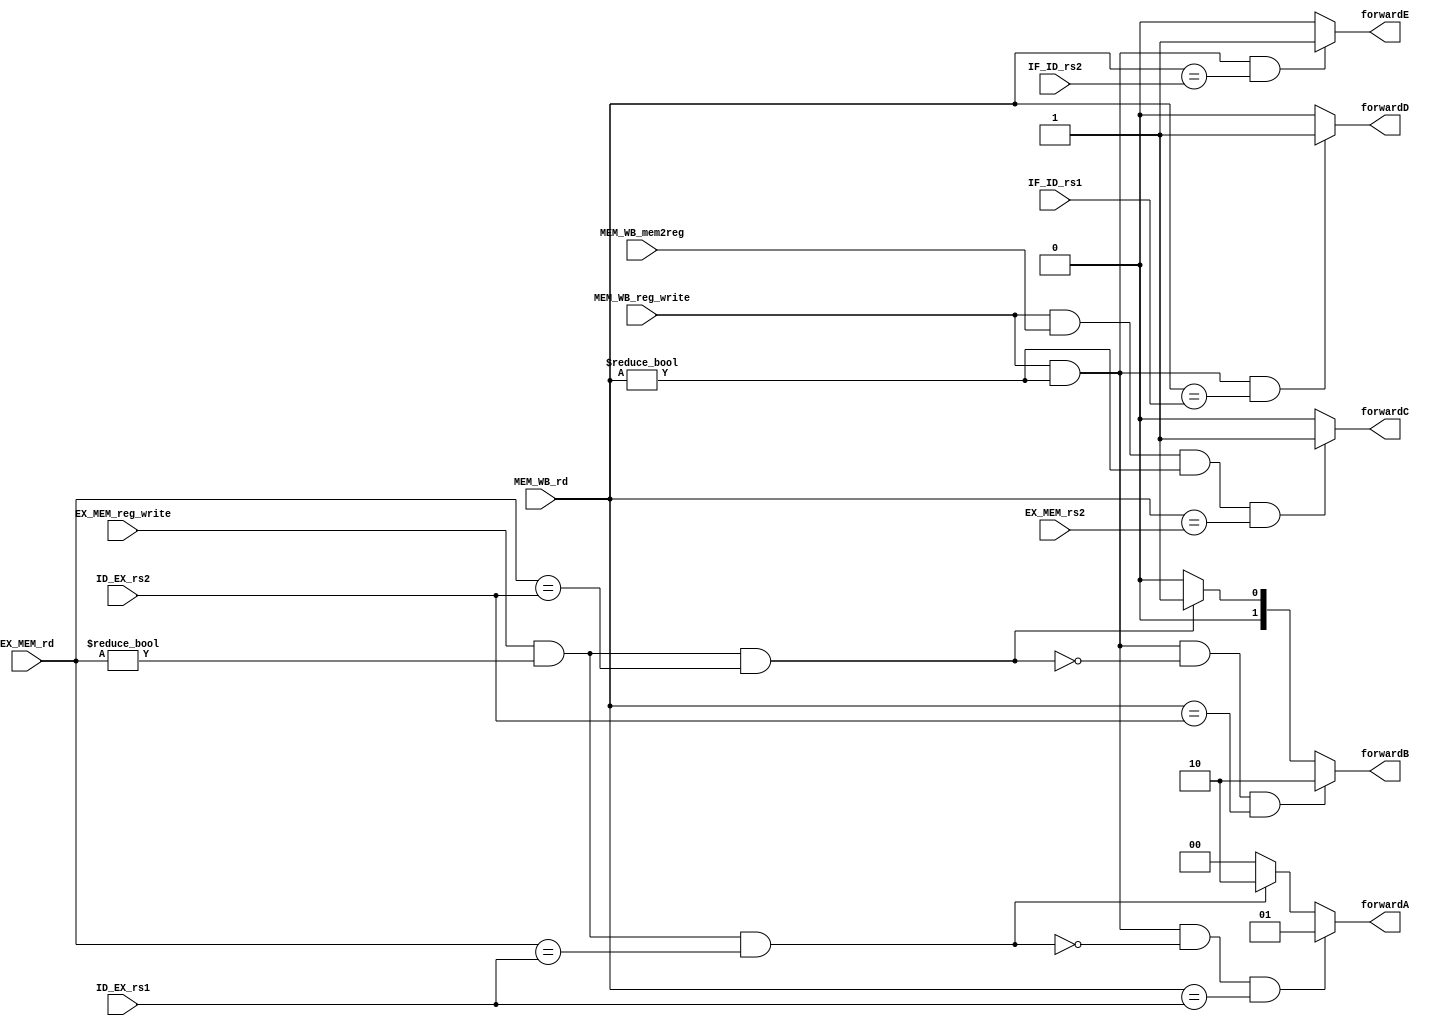
`timescale 1ns / 1ps
//////////////////////////////////////////////////////////////////////////////////
// Company: 
// Engineer: 
// 
// Design Name: 
// Module Name: forward_hazard
// Project Name: 
// Target Devices: 
// Tool Versions: 
// Description: 
// 
// Dependencies: 
// 
// Revision:
// Revision 0.01 - File Created
// Additional Comments:
// 
//////////////////////////////////////////////////////////////////////////////////


//There are 2 sets of register banks i.e. ID_EX and EX_MEM
//rd is stored in EX_MEM
//rs1 and rs2 of next instruction is stored in ID_EX
module data_forwarding(
input [4:0] EX_MEM_rd, MEM_WB_rd, ID_EX_rs1, ID_EX_rs2, EX_MEM_rs2,
input EX_MEM_reg_write, MEM_WB_reg_write, MEM_WB_mem2reg,
input [4:0] IF_ID_rs1, IF_ID_rs2, //due to limitation of regfile to take extra cycle to write
output reg [1:0] forwardA, forwardB,
output reg forwardC, forwardD, forwardE  //2 bit sel of mux for rs1 and rs2
);

always @ (*)
begin
/*
    // EXE_MEM to ID_EXE forwarding i.e. 1 step back
    if(EX_MEM_reg_write && (EX_MEM_rd != 0) && (EX_MEM_rd == ID_EX_rs1)) 
        forwardA = 2'b10;
    if(EX_MEM_reg_write && (EX_MEM_rd != 0) && (EX_MEM_rd == ID_EX_rs2)) //for read after write
        forwardB = 2'b10;

// to deal with 2nd line after read after write
// MEM_WB to ID_EXE forwarding i.e. 2 steps back
    if(MEM_WB_reg_write && (MEM_WB_rd != 0) 
    && !(EX_MEM_reg_write && (EX_MEM_rd != 0) && (EX_MEM_rd == ID_EX_rs1)) //If this condition is met, data should be forwarded using above 2 conditions
    && (MEM_WB_rd == ID_EX_rs1))
        forwardA = 2'b01;
        
    if(MEM_WB_reg_write && (MEM_WB_rd != 0) 
    && !(EX_MEM_reg_write && (EX_MEM_rd != 0) && (EX_MEM_rd == ID_EX_rs2))
    && (MEM_WB_rd == ID_EX_rs2))
        forwardB = 2'b01;
*/   
    
    //Rewriting the above code to cater all conditions   
    
    //forwardA    
    if(MEM_WB_reg_write && (MEM_WB_rd != 0) //from MEM_WB
    && !(EX_MEM_reg_write && (EX_MEM_rd != 0) && (EX_MEM_rd == ID_EX_rs1)) //If this condition is met, data should be forwarded using above 2 conditions
    && (MEM_WB_rd == ID_EX_rs1))
        forwardA = 2'b01;
    else if(EX_MEM_reg_write && (EX_MEM_rd != 0) && (EX_MEM_rd == ID_EX_rs1)) //from EXE_MEM
        forwardA = 2'b10;
    else // no forwarding 
        forwardA = 2'b00;
    
    //forwardB
    if(MEM_WB_reg_write && (MEM_WB_rd != 0) //from MEM_WB
    && !(EX_MEM_reg_write && (EX_MEM_rd != 0) && (EX_MEM_rd == ID_EX_rs2))
    && (MEM_WB_rd == ID_EX_rs2))
        forwardB = 2'b10;
    else if(EX_MEM_reg_write && (EX_MEM_rd != 0) && (EX_MEM_rd == ID_EX_rs2)) //from EXE_MEM
        forwardB = 2'b01;
    else //no forwarding
        forwardB = 2'b00;
        
    //forwardC: for MEM_WB to EX_MEM forwarding
    //eg.lw x2, 0(x1)
    //   sw x2, 10(x1) //mem to mem transfer
    if(MEM_WB_reg_write &&
     (MEM_WB_mem2reg) && //*** detect if previous ins is load
      (MEM_WB_rd != 0) && (MEM_WB_rd == EX_MEM_rs2))
        forwardC = 1'b1;
    else
        forwardC = 1'b0;
        
        
     //forwardD:Pass rs1 from regfile or MEM_WB to pipeline register
     if(MEM_WB_reg_write && (MEM_WB_rd != 0) //from MEM_WB
        && (MEM_WB_rd == IF_ID_rs1))
        forwardD = 1'b1; //pass ID_EXE_rs1 from MEM_WB stage
     else
        forwardD = 1'b0;
        
     //forwardE:Pass rs2 from regfile or MEM_WB to pipeline register
     if(MEM_WB_reg_write && (MEM_WB_rd != 0) //from MEM_WB
        && (MEM_WB_rd == IF_ID_rs2))
        forwardE = 1'b1; //pass ID_EXE_rs2 from MEM_WB stage
     else
        forwardE = 1'b0;

end

endmodule




module hazard_detection_unit(
input [31:0] ins,
input [4:0] ID_EXE_rd,
input ID_EXE_mem_read, //for load only
input ID_EXE_mem_write, //for store only
output reg PC_write, IF_ID_write, control_stall
);

wire [4:0] IF_ID_rs1, IF_ID_rs2;
assign IF_ID_rs1 = ins[19:15];
assign IF_ID_rs2 = ins[24:20];

always @ (*)
begin
    if(ID_EXE_mem_read //current is load
    && (~ID_EXE_mem_write) //following is not store because we have forwarding to deal with that 
    &&((ID_EXE_rd == IF_ID_rs1) || (ID_EXE_rd == IF_ID_rs2) ))
        begin //stall
        PC_write = 0;
        IF_ID_write = 0;
        control_stall = 1;
        end
    else
        begin //normal operation
        PC_write = 1;
        IF_ID_write = 1;
        control_stall = 0;
        end


end

endmodule